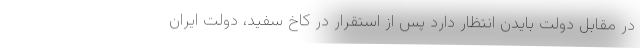
در مقابل دولت بایدن انتظار دارد پس از استقرار در کاخ سفید، دولت ایران